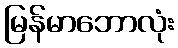
မြန်မာဘောလုံး